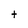
Character: t